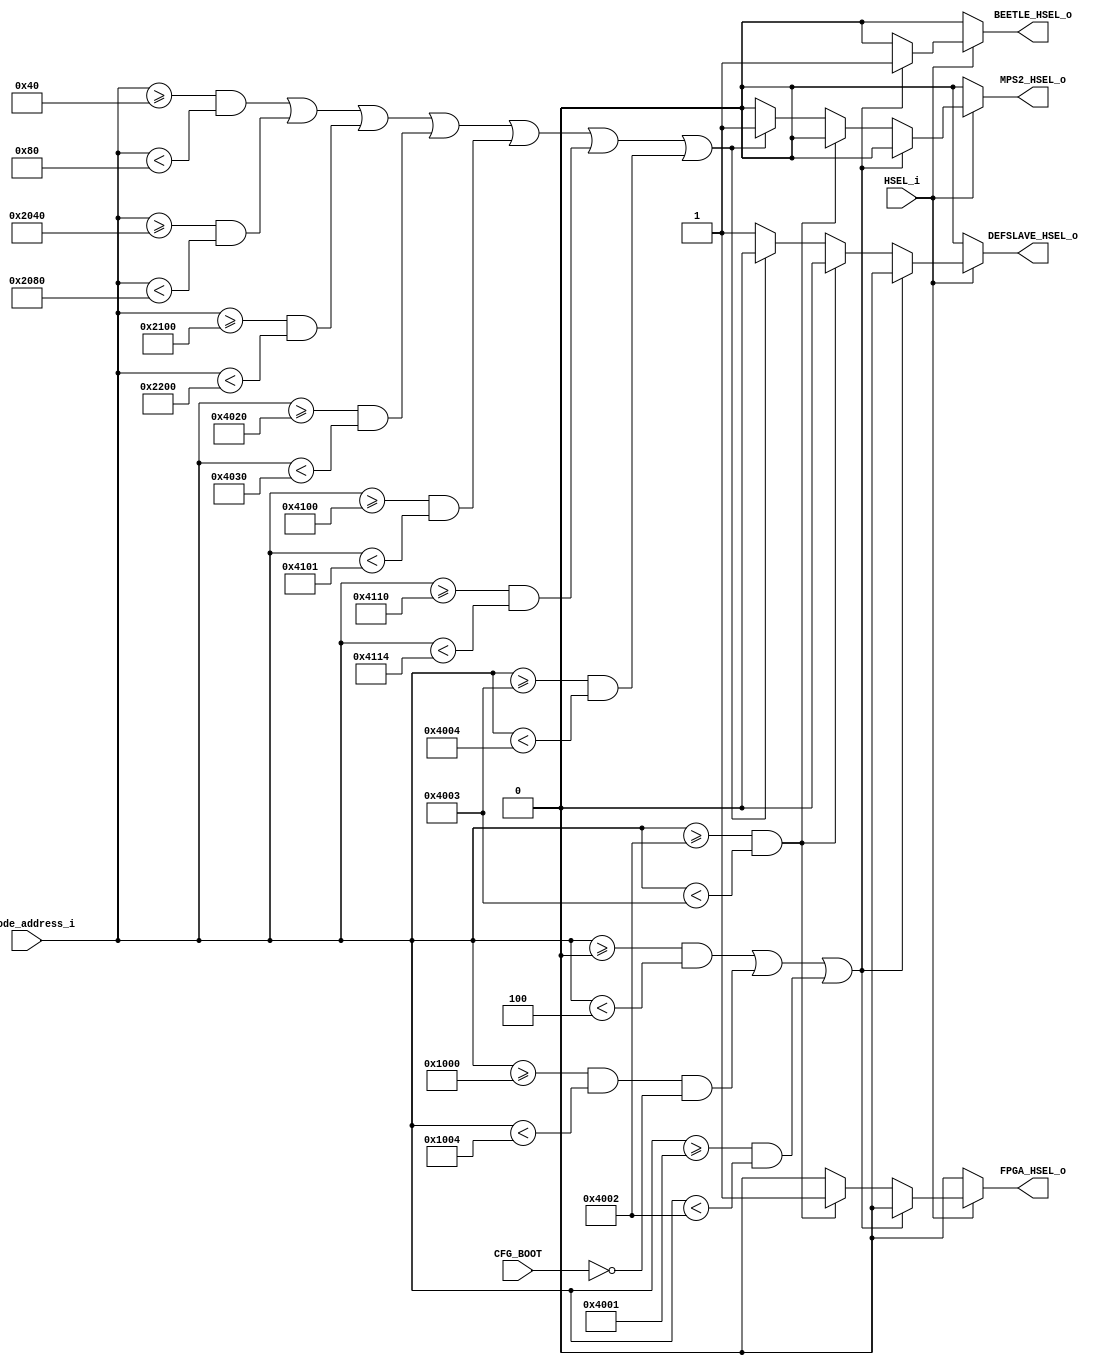
// -----------------------------------------------------------------------------
// The confidential and proprietary information contained in this file may
// only be used by a person authorised under and to the extent permitted
// by a subsisting licensing agreement from ARM Limited.
//
//               (C) COPYRIGHT 2015 ARM Limited.
//                   ALL RIGHTS RESERVED
//
// This entire notice must be reproduced on all copies of this file
// and copies of this file may only be made by a person if such person is
// permitted to do so under the terms of a subsisting license agreement
// from ARM Limited.
//
// SVN Information
//
// Checked In : $Date: 2015-06-17 14:56:32 +0100 (Wed, 17 Jun 2015) $
// Revision : $Revision: 458 $
//
// Release Information : CM3DesignStart-r0p0-01rel0
//
// -----------------------------------------------------------------------------
// Verilog-2001 (IEEE Std 1364-2001)
// -----------------------------------------------------------------------------
// Purpose : beetle pheripherals subsystem AHB decoder and splitter
//
// -----------------------------------------------------------------------------

module mps2_ahb_decoder (
  input  wire         HSEL_i,
  input  wire [15:0]  decode_address_i,     //PERIPHHADDR[31:15]; lower 16 bits are not compared
  output wire         BEETLE_HSEL_o,        //beetle_peripheral
  output wire         DEFSLAVE_HSEL_o,      //default slave
  output wire         FPGA_HSEL_o,          //fpga_apb_subsystem
  output wire         MPS2_HSEL_o,          //mps2_external_subsystem
  input  wire         CFG_BOOT
);

  reg beetle_sel;
  reg defslave_sel;
  reg fpga_sel;
  reg mps2_sel;

  assign BEETLE_HSEL_o   = beetle_sel;
  assign DEFSLAVE_HSEL_o = defslave_sel;
  assign FPGA_HSEL_o     = fpga_sel;
  assign MPS2_HSEL_o     = mps2_sel;

  //------------------------------------
  //AHB decoder
  //------------------------------------
  /*------------------------------------
  localparam QSPI_AHB_ADDR_LOW  = 32'h0000_0000;
  localparam QSPI_AHB_ADDR_HIGH = 32'h0003_ffff;
  localparam DEFSLV0_AHB_ADDR_LOW = 32'h0004_0000;
  localparam DEFSLV0_AHB_ADDR_HIGH= 32'h3fff_ffff;
  localparam GPIO0_AHB_ADDR_LOW = 32'h4001_0000;
  localparam GPIO0_AHB_ADDR_HIGH= 32'h4001_0fff;
  localparam GPIO1_AHB_ADDR_LOW = 32'h4001_1000;
  localparam GPIO1_AHB_ADDR_HIGH= 32'h4001_1fff;
  localparam GPIO2_AHB_ADDR_LOW = 32'h4001_2000;
  localparam GPIO2_AHB_ADDR_HIGH= 32'h4001_2fff;
  localparam GPIO3_AHB_ADDR_LOW = 32'h4001_3000;
  localparam GPIO3_AHB_ADDR_HIGH= 32'h4001_3fff;
  localparam DEFSLV1_AHB_ADDR_LOW = 32'h4001_4000;
  localparam DEFSLV1_AHB_ADDR_HIGH= 32'h4001_efff;
  localparam SYSCTRL_AHB_ADDR_LOW = 32'h4001_f000;
  localparam SYSCTRL_AHB_ADDR_HIGH= 32'h4001_ffff;
  localparam DEFSLV2_AHB_ADDR_LOW = 32'h4002_0000;
  localparam DEFSLV2_AHB_ADDR_HIGH= 32'hffff_ffff;
  --------------------------------------*/
  always @(HSEL_i or decode_address_i or CFG_BOOT)
  begin : HSEL_decoder
    if (HSEL_i == 1'b0) begin //HSEL_i = 0: dont select anything
      beetle_sel   = 1'b0;
      defslave_sel = 1'b0;
      fpga_sel     = 1'b0;
      mps2_sel     = 1'b0;
    end else begin
      if (
         // QSPI: Address region 0x00000000-0x0003ffff
        ((decode_address_i >= 16'h0000) & (decode_address_i < 16'h0004)) ||
         // QSPI: Address region 0x10000000-0x1003ffff
        (((decode_address_i >= 16'h1000) & (decode_address_i < 16'h1004)) & !CFG_BOOT) ||
        // Beetle Peripherals: Address region 0x40010000-0x4001FFFF
        ((decode_address_i >= 16'h4001) & (decode_address_i < 16'h4002))
        )
        begin
          beetle_sel   = 1'b1;
          defslave_sel = 1'b0;
          fpga_sel     = 1'b0;
          mps2_sel     = 1'b0;
        end
      // fpga_apb_subsystem: Address region 0x40020000-0x4002FFFF
      else if ((decode_address_i >= 16'h4002) & (decode_address_i < 16'h4003))
        begin
          beetle_sel   = 1'b0;
          defslave_sel = 1'b0;
          fpga_sel     = 1'b1;
          mps2_sel     = 1'b0;
        end
      else if (
        // MPS2 external peripherals: Address region 0x00400000-0x007FFFFF
        ((decode_address_i >= 16'h0040) & (decode_address_i < 16'h0080)) ||
        // MPS2 external peripherals: Address region 0x20020000-0x2041FFFF
        ((decode_address_i >= 16'h2040) & (decode_address_i < 16'h2080)) ||
        // MPS2 external peripherals: Address region 0x21000000-0x21FFFFFF
        ((decode_address_i >= 16'h2100) & (decode_address_i < 16'h2200)) ||
        // MPS2 external peripherals: Address region 0x40200000-0x402FFFFF
        ((decode_address_i >= 16'h4020) & (decode_address_i < 16'h4030)) ||
        // MPS2 external peripherals: Address region 0x41000000-0x4100FFFF
        ((decode_address_i >= 16'h4100) & (decode_address_i < 16'h4101)) ||
        // MPS2 external peripherals: Address region 0x41100000-0x4110FFFF
        ((decode_address_i >= 16'h4110) & (decode_address_i < 16'h4114)) ||
        // MPS2 external peripherals: Address region 0x40030000-0x4003FFFF
        ((decode_address_i >= 16'h4003) & (decode_address_i < 16'h4004))
        )
        begin
          beetle_sel   = 1'b0;
          defslave_sel = 1'b0;
          fpga_sel     = 1'b0;
          mps2_sel     = 1'b1;
        end
      else
        begin
          beetle_sel   = 1'b0;
          defslave_sel = 1'b1;
          fpga_sel     = 1'b0;
          mps2_sel     = 1'b0;
        end
    end
  end // block: HSEL_decoder

endmodule